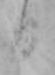
日